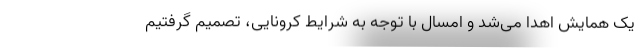
یک همایش اهدا می‌شد و امسال با توجه به شرایط کرونایی، تصمیم گرفتیم